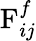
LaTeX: \mathrm{F}_{ij}^{f}